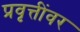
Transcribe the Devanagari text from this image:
प्रवृत्तींवर